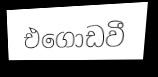
එගොඩවී